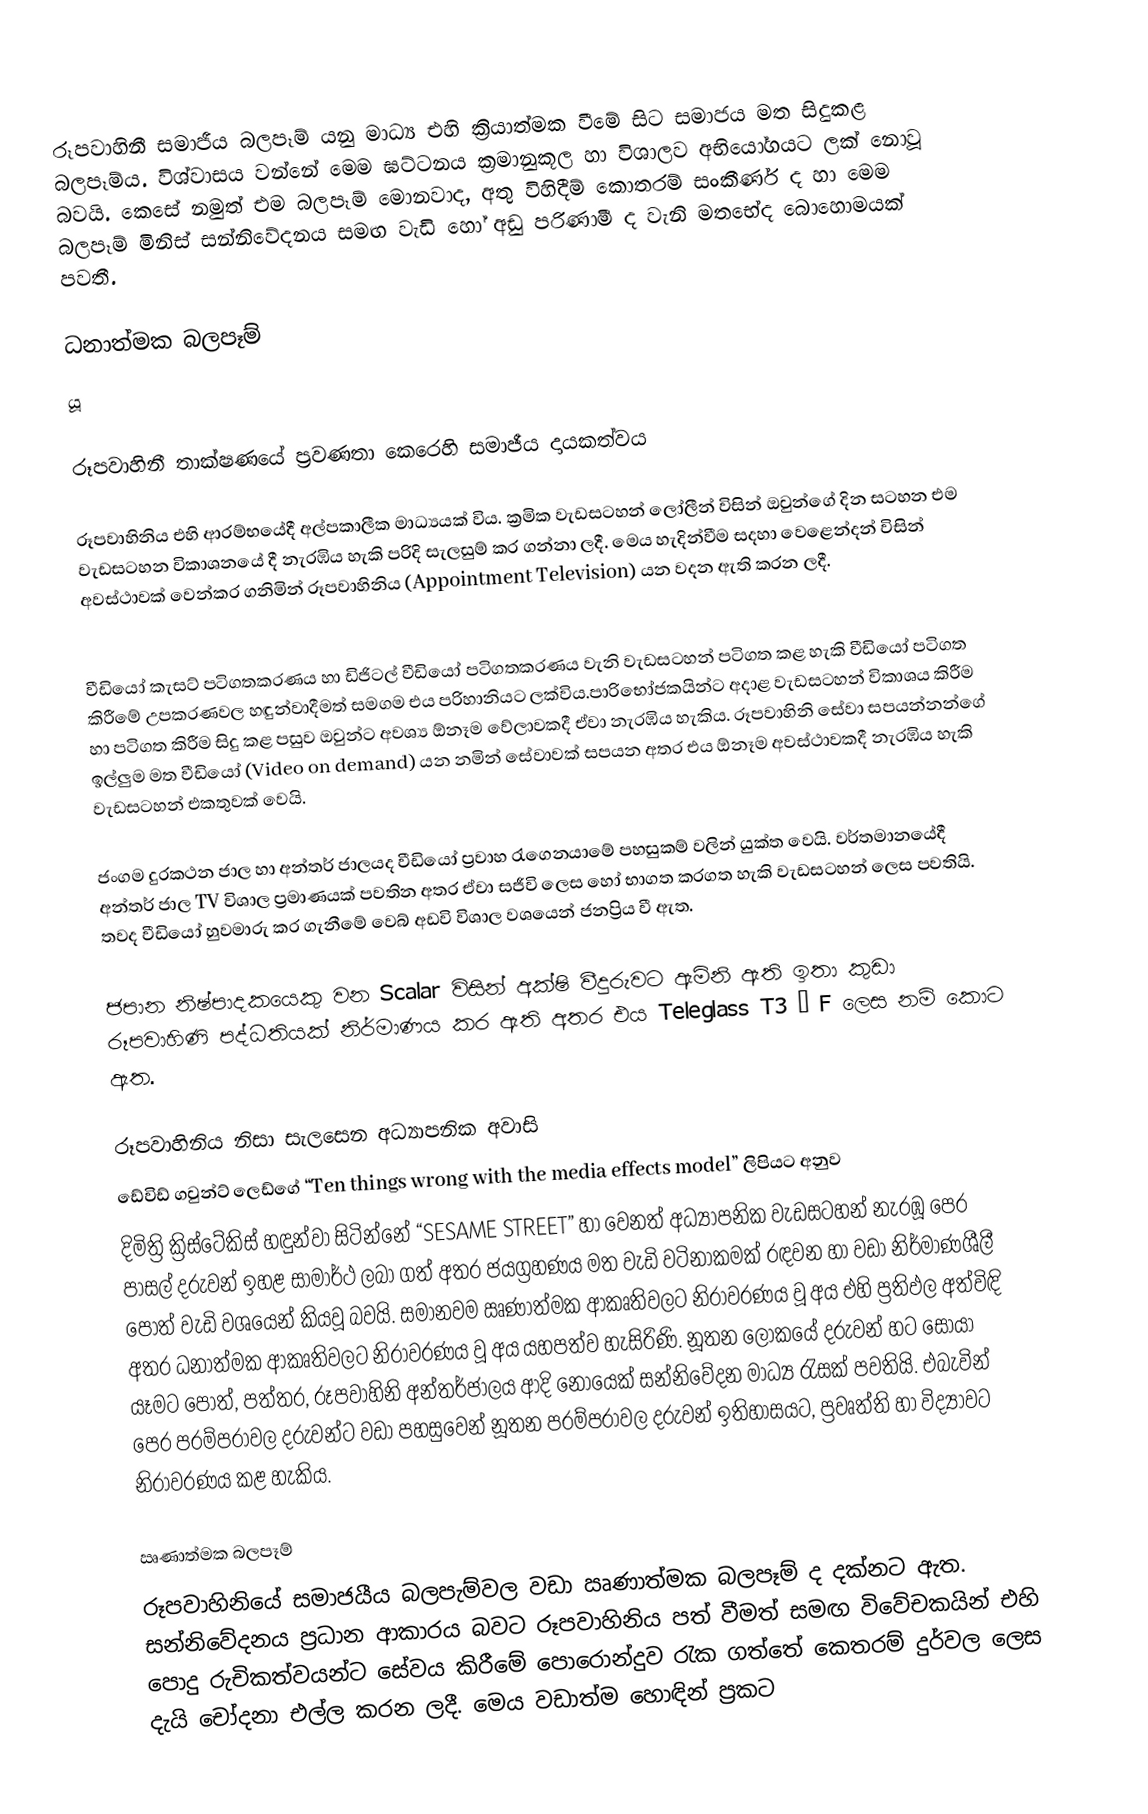
රූපවාහිනී සමාජීය බලපෑම් යනු මාධ්‍ය එහි ක්‍රියාත්මක වීමේ සිට සමාජය මත සිදුකළ බලපෑම්ය. විශ්වාසය වන්නේ මෙම ඝට්ටනය ක්‍රමානුකූල හා විශාලව අභියෝගයට ලක් නොවූ බවයි. කෙසේ නමුත් එම බලපෑම් මොනවාද, අතු විහිදීම් කොතරම් සංකීර්ණ ද හා මෙම බලපෑම් මිනිස් සන්නිවේදනය සමඟ වැඩි හෝ අඩු පරිණාමී ද වැනි මතභේද බොහොමයක් පවතී.

ධනාත්මක බලපෑම්
යූ

රූපවාහිනී තාක්ෂණයේ ප්‍රවණතා කෙරෙහි සමාජීය දායකත්වය

රූපවාහිනිය එහි ආරම්භයේදී අල්පකාලීක මාධ්‍යයක් විය. ක්‍රමික වැඩසටහන් ලෝලීන් විසින් ඔවුන්ගේ දින සටහන එම වැඩසටහන විකාශනයේ දී නැරඹිය හැකි පරිදි සැලසුම් කර ගන්නා ලදී. මෙය හැදින්වීම සදහා වෙළෙන්දන් විසින් අවස්ථාවක් වෙන්කර ගනිමින් රූපවාහිනිය (Appointment Television) යන වදන ඇති කරන ලදී.

වීඩියෝ කැසට් පටිගතකරණය හා ඩිජිටල් වීඩියෝ පටිගතකරණය වැනි වැඩසටහන් පටිගත කළ හැකි වීඩියෝ පටිගත කිරීමේ උපකරණවල හඳුන්වාදීමත් සමගම එය පරිහානියට ලක්විය.පාරිභෝජකයින්ට අදාළ වැඩසටහන් විකාශය කිරීම හා පටිගත කිරීම සිදු කළ පසුව ඔවුන්ට අවශ්‍ය ඕනෑම වේලාවකදී ඒවා නැරඹිය හැකිය. රූපවාහිනි සේවා සපයන්නන්ගේ ඉල්ලුම මත වීඩියෝ (Video on demand) යන නමින් සේවාවක් සපයන අතර එය ඕනෑම අවස්ථාවකදී නැරඹිය හැකි වැඩසටහන් එකතුවක් වෙයි.

ජංගම දුරකථන ජාල හා අන්තර් ජාලයද වීඩියෝ ප්‍රවාහ රැගෙනයාමේ පහසුකම් වලින් යුක්ත වෙයි. වර්තමානයේදී අන්තර් ජාල TV විශාල ප්‍රමාණයක් පවතින අතර ඒවා සජීවි ලෙස හෝ භාගත කරගත හැකි වැඩසටහන් ලෙස පවතියි. තවද වීඩියෝ හුවමාරු කර ගැනීමේ වෙබ් අඩවි විශාල වශයෙන් ජනප්‍රිය වී ඇත.

ජපාන නිෂ්පාදකයෙකු වන Scalar විසින් අක්ෂි වීදුරුවට ඇමිනි ඇති ඉතා කුඩා රූපවාහිණි පද්ධතියක් නිර්මාණය කර ඇති අතර එය Teleglass T3 – F ලෙස නම් කොට ඇත.

රූපවාහිනිය නිසා සැලසෙන අධ්‍යාපනික අවාසි
ඩේවිඩ් ගවුන්ට් ලෙඩ්ගේ “Ten things wrong with the media effects model” ලිපියට අනුව
දිමිත්‍රි ක්‍රිස්ටේකිස් හඳුන්වා සිටින්නේ “SESAME STREET” හා වෙනත් අධ්‍යාපනික වැඩසටහන් නැරඹූ පෙර පාසල් දරුවන් ඉහළ සාමාර්ථ ලබා ගත් අතර ජයග්‍රහණය මත වැඩි වටිනාකමක් රඳවන හා වඩා නිර්මාණශීලී පොත් වැඩි වශයෙන් කියවූ බවයි. සමානවම ඍණාත්මක ආකෘතිවලට නිරාවරණය වූ අය එහි ප්‍රතිඵල අත්විඳි අතර ධනාත්මක ආකෘතිවලට නිරාවරණය වූ අය යහපත්ව හැසිරිණි. නූතන ලෝකයේ දරුවන් හට සොයා යෑමට පොත්, පත්තර, රූපවාහිනි අන්තර්ජාලය ආදි නොයෙක් සන්නිවේදන මාධ්‍ය රැසක් පවතියි. එබැවින් පෙර පරම්පරාවල දරුවන්ට වඩා පහසුවෙන් නූතන පරම්පරාවල දරුවන් ඉතිහාසයට, ප්‍රවෘත්ති හා විද්‍යාවට නිරාවරණය කළ හැකිය.

ඍණාත්මක බලපෑම්
රූපවාහිනියේ සමාජයීය බලපැම්වල වඩා ඍණාත්මක බලපෑම් ද දක්නට ඇත. සන්නිවේදනය ප්‍රධාන ආකාරය බවට රූපවාහිනිය පත් වීමත් සමඟ විවේචකයින් එහි පොදු රුචිකත්වයන්ට සේවය කිරීමේ පොරොන්දුව රැක ගත්තේ කෙතරම් දුර්වල ලෙස දැයි චෝදනා එල්ල කරන ලදී. මෙය වඩාත්ම හොඳින් ප්‍රකට